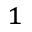
^ 1